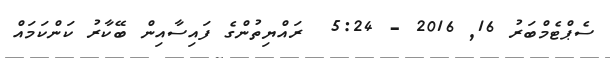
ސެޕްޓެމްބަރު 16